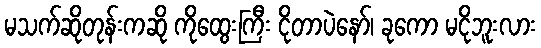
မသက်ဆိုတုန်းကဆို ကိုထွေးကြီး ငိုတာပဲနော်၊ ခုကော မငိုဘူးလား